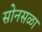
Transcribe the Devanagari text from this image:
सोनसळा